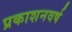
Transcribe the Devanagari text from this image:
प्रकाशनवर्ष